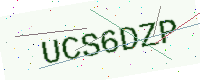
Text: UCS6DZP